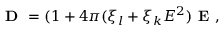
\textbf { D } = ( 1 + 4 \pi ( \xi _ { l } + \xi _ { k } E ^ { 2 } ) \textbf { E } ,